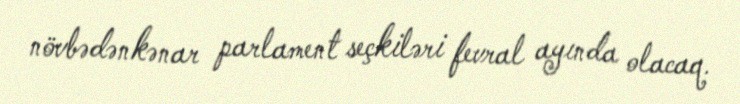
növbədənkənar parlament seçkiləri fevral ayında olacaq.